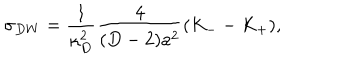
LaTeX: \sigma _ { D W } = { \frac { 1 } { \kappa _ { D } ^ { 2 } } } { \frac { 4 } { ( D - 2 ) a ^ { 2 } } } ( K _ { -- } K _ { + } ) ,